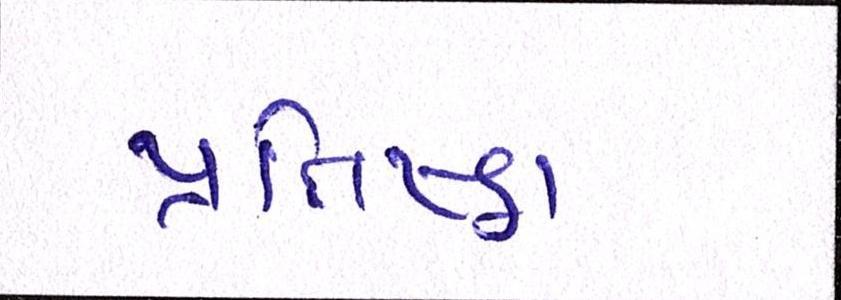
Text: પ્રતિષ્ઠા